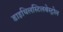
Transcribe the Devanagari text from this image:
डाइथिलस्टिलबेस्ट्रोल